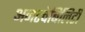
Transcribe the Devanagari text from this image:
अनटचेबिलिटी